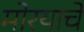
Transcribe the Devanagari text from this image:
मोरयाचे